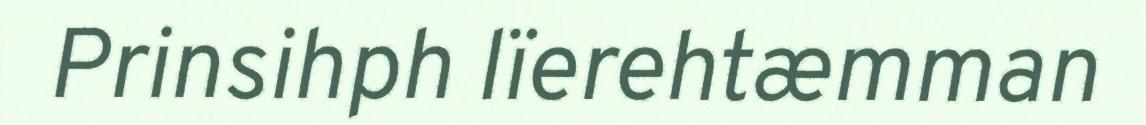
Prinsihph lïerehtæmman